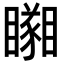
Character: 𥌘